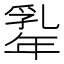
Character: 𢆡